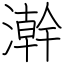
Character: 澣